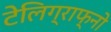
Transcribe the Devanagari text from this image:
टेलिग्राफ्नो